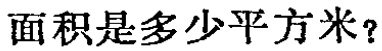
面积是多少平方米？